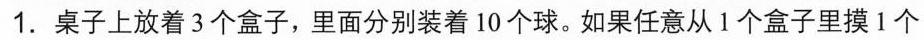
1.桌子上放着3个盒子，里面分别装着10个球。如果任意从1个盒子里摸1个